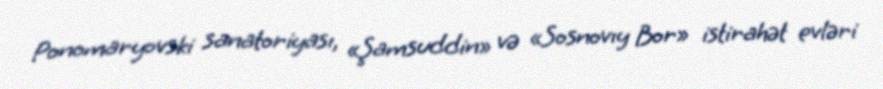
Ponomaryovski sanatoriyası, «Şamsuddin» və «Sosnovıy Bor» istirahət evləri